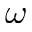
\omega